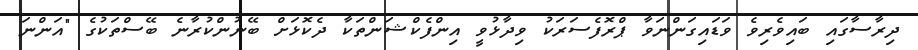
ދިރާސާގައި ބައިވެރިވެ ވަޑައިގަންނަވާ ޕްރޮފެސަރަކު ވިދާޅުވީ އިންފެކްޝަންތަކާ ދެކޮޅަށް ބޭނުންކުރާނެ ބޭސްތަކުގެ "އަންނަ